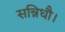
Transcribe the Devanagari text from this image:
सन्निधौ।